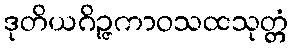
ဒုတိယဂိဉ္ဇကာဝသထသုတ္တံ